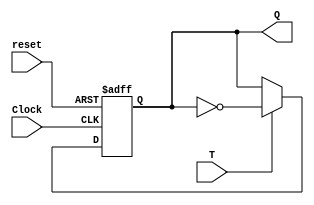
module flipflopT(T,Clock,reset,Q);
	input T,reset,Clock;
	output reg Q;
	always@(negedge reset or posedge Clock)
	begin
		if(!reset)
			Q <= 0;
		else
		begin
			if(T)
				Q <= ~Q;
			else
				Q <= Q;
		end
	end
endmodule

module counter2(Clk,reset1,Q);
	input Clk,reset1;
	output [1:0]Q;
	flipflopT stage0(1'b1,Clk,reset1,Q[0]);
	flipflopT stage1(Q[0],Clk,reset1,Q[1]);
endmodule

module dec2to4(D,En,Y);
	input [1:0]D;
	input En;
	output reg [3:0]Y;
	wire [3:0]i;
	
	assign i={En,D};
	always@(i)
	begin
		if(i==3'b100)
			Y=4'b0001;
		else if(i==3'b101)
			Y=4'b010;
		else if(i==3'b110)
			Y=4'b0100;
		else if(i==3'b111)
			Y=4'b1000;
		else
			Y=4'b0000;
	end
endmodule

module q1(Clock,reset,Q);
	input Clock,reset;
	output [3:0]Q;
	wire [1:0]intermediate;
	
	counter2 stage0(Clock,reset,intermediate);
	dec2to4 stage1(intermediate,1'b1,Q); 
endmodule